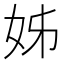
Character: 姊